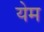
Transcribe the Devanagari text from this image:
येम